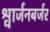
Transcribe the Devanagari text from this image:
श्वार्जनबर्जर